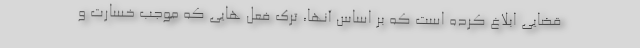
قضایی ابلاغ کرده است که بر اساس آنها، ترک فعل هایی که موجب خسارت و